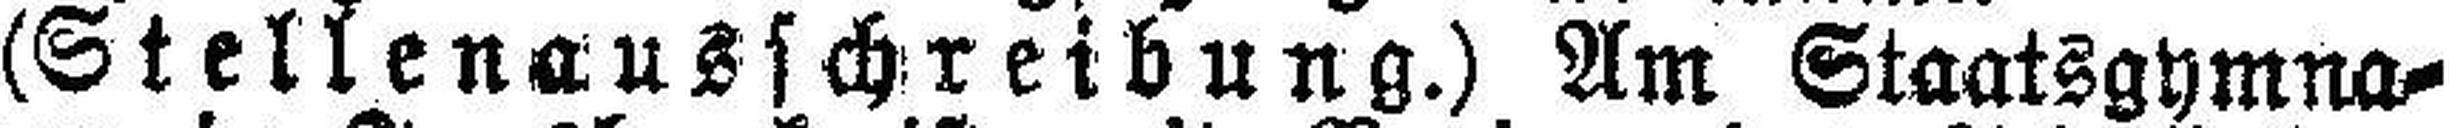
(Stellenausschreibung.) Am Staatsgymna¬